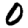
Digit: 0